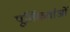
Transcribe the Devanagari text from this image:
पूर्तिकर्ताओं